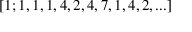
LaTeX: [ 1 ; 1 , 1 , 1 , 4 , 2 , 4 , 7 , 1 , 4 , 2 , . . . ]